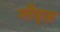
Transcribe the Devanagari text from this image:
ग्लैड्ज़